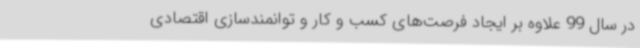
در سال 99 علاوه بر ایجاد فرصت‌های کسب و کار و توانمندسازی اقتصادی